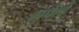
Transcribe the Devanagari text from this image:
सफेदे